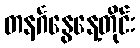
တနင်္ဂနွေနေ့တိုင်း